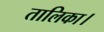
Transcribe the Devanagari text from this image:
तालिका।